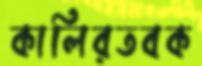
কালিরতবক